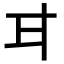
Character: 𭺫